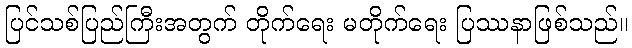
ပြင်သစ်ပြည်ကြီးအတွက် တိုက်ရေး မတိုက်ရေး ပြဿနာဖြစ်သည်။